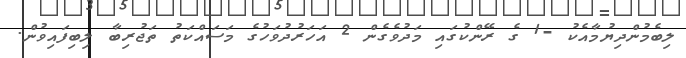
ލިބެމުންދިޔުމާއެކު -1 ގެ ރޭންކުގައި މަދުވެގެން 2 އަހަރުދުވަހުގެ މަސައްކަތު ތަޖުރިބާ ލިބިފައިވުން.